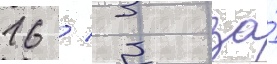
16 / 3 за́